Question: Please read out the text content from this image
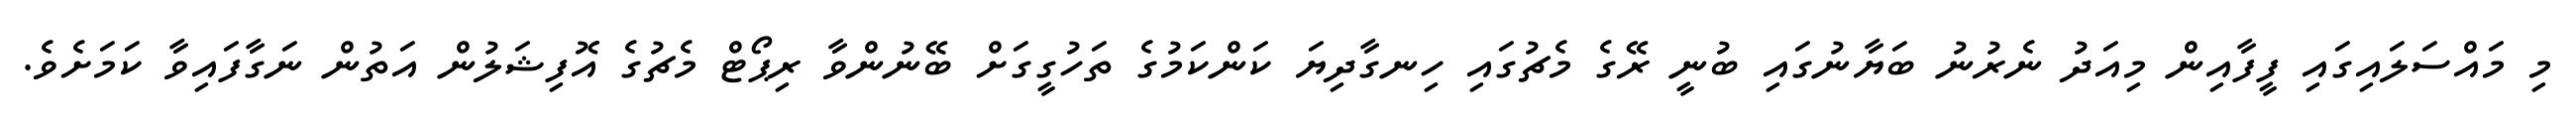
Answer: މި މައްސަލައިގައި ފީފާއިން މިއަދު ނެރުނު ބަޔާނުގައި ބުނީ ރޭގެ މެޗުގައި ހިނގާދިޔަ ކަންކަމުގެ ތަހުގީގަށް ބޭނުންވާ ރިޕޯޓް މެޗުގެ އޮފިޝަލުން އަތުން ނަގާފައިވާ ކަމަށެވެ.